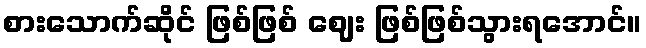
စားသောက်ဆိုင် ဖြစ်ဖြစ် ဈေး ဖြစ်ဖြစ်သွားရအောင်။